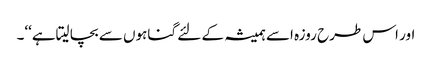
اور اس طرح روزہ اسے ہمیشہ کے لئے گناہوں سے بچا لیتاہے‘‘۔